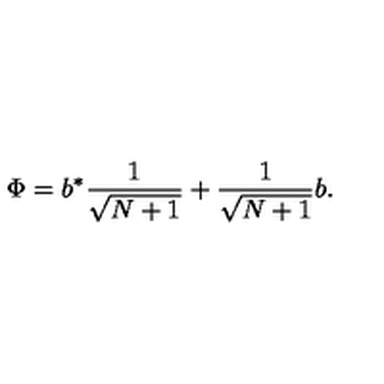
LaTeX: \Phi = b ^ { * } \frac { 1 } { \sqrt { N + 1 } } + \frac { 1 } { \sqrt { N + 1 } } b .